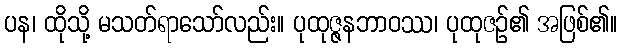
ပန၊ ထိုသို့ မသတ်ရာသော်လည်း။ ပုထုဇ္ဇနဘာဝဿ၊ ပုထုဇဉ်၏ အဖြစ်၏။